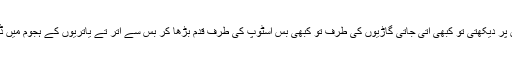
وہ کبھی اپنے موبائل کے اسکرین پر دیکھتی تو کبھی آتی جاتی گاڑیوں کی طرف تو کبھی بس اسٹوپ کی طرف قدم بڑھا کر بس سے اتر تے یاتریوں کے ہجوم میں ڈھونڈھنے کی کوشش کررہی تھی۔